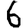
Digit: 6